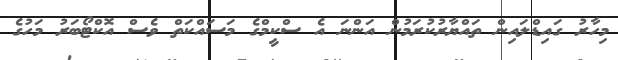
މިހާރު ގައިޑްލައިން ތައްޔާރުކުރަމުން އަންނަ އެ ސްކީމްގެ މަސައްކަތް ވެސް އޮކްޓޯބަރު މަހުގެ